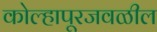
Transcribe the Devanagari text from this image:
कोल्हापूरजवळील